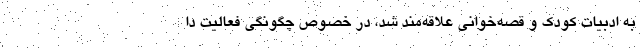
به ادبیات کودک و قصه‌خوانی علاقه‌مند شد، در خصوص چگونگی فعالیت دا